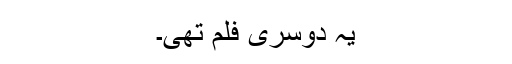
یہ دوسری فلم تھی۔